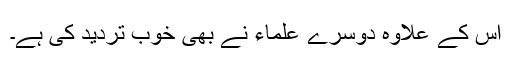
اس کے علاوہ دوسرے علماء نے بھی خوب تردید کی ہے۔